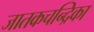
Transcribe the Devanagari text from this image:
जातकचन्द्रिका